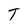
Character: T